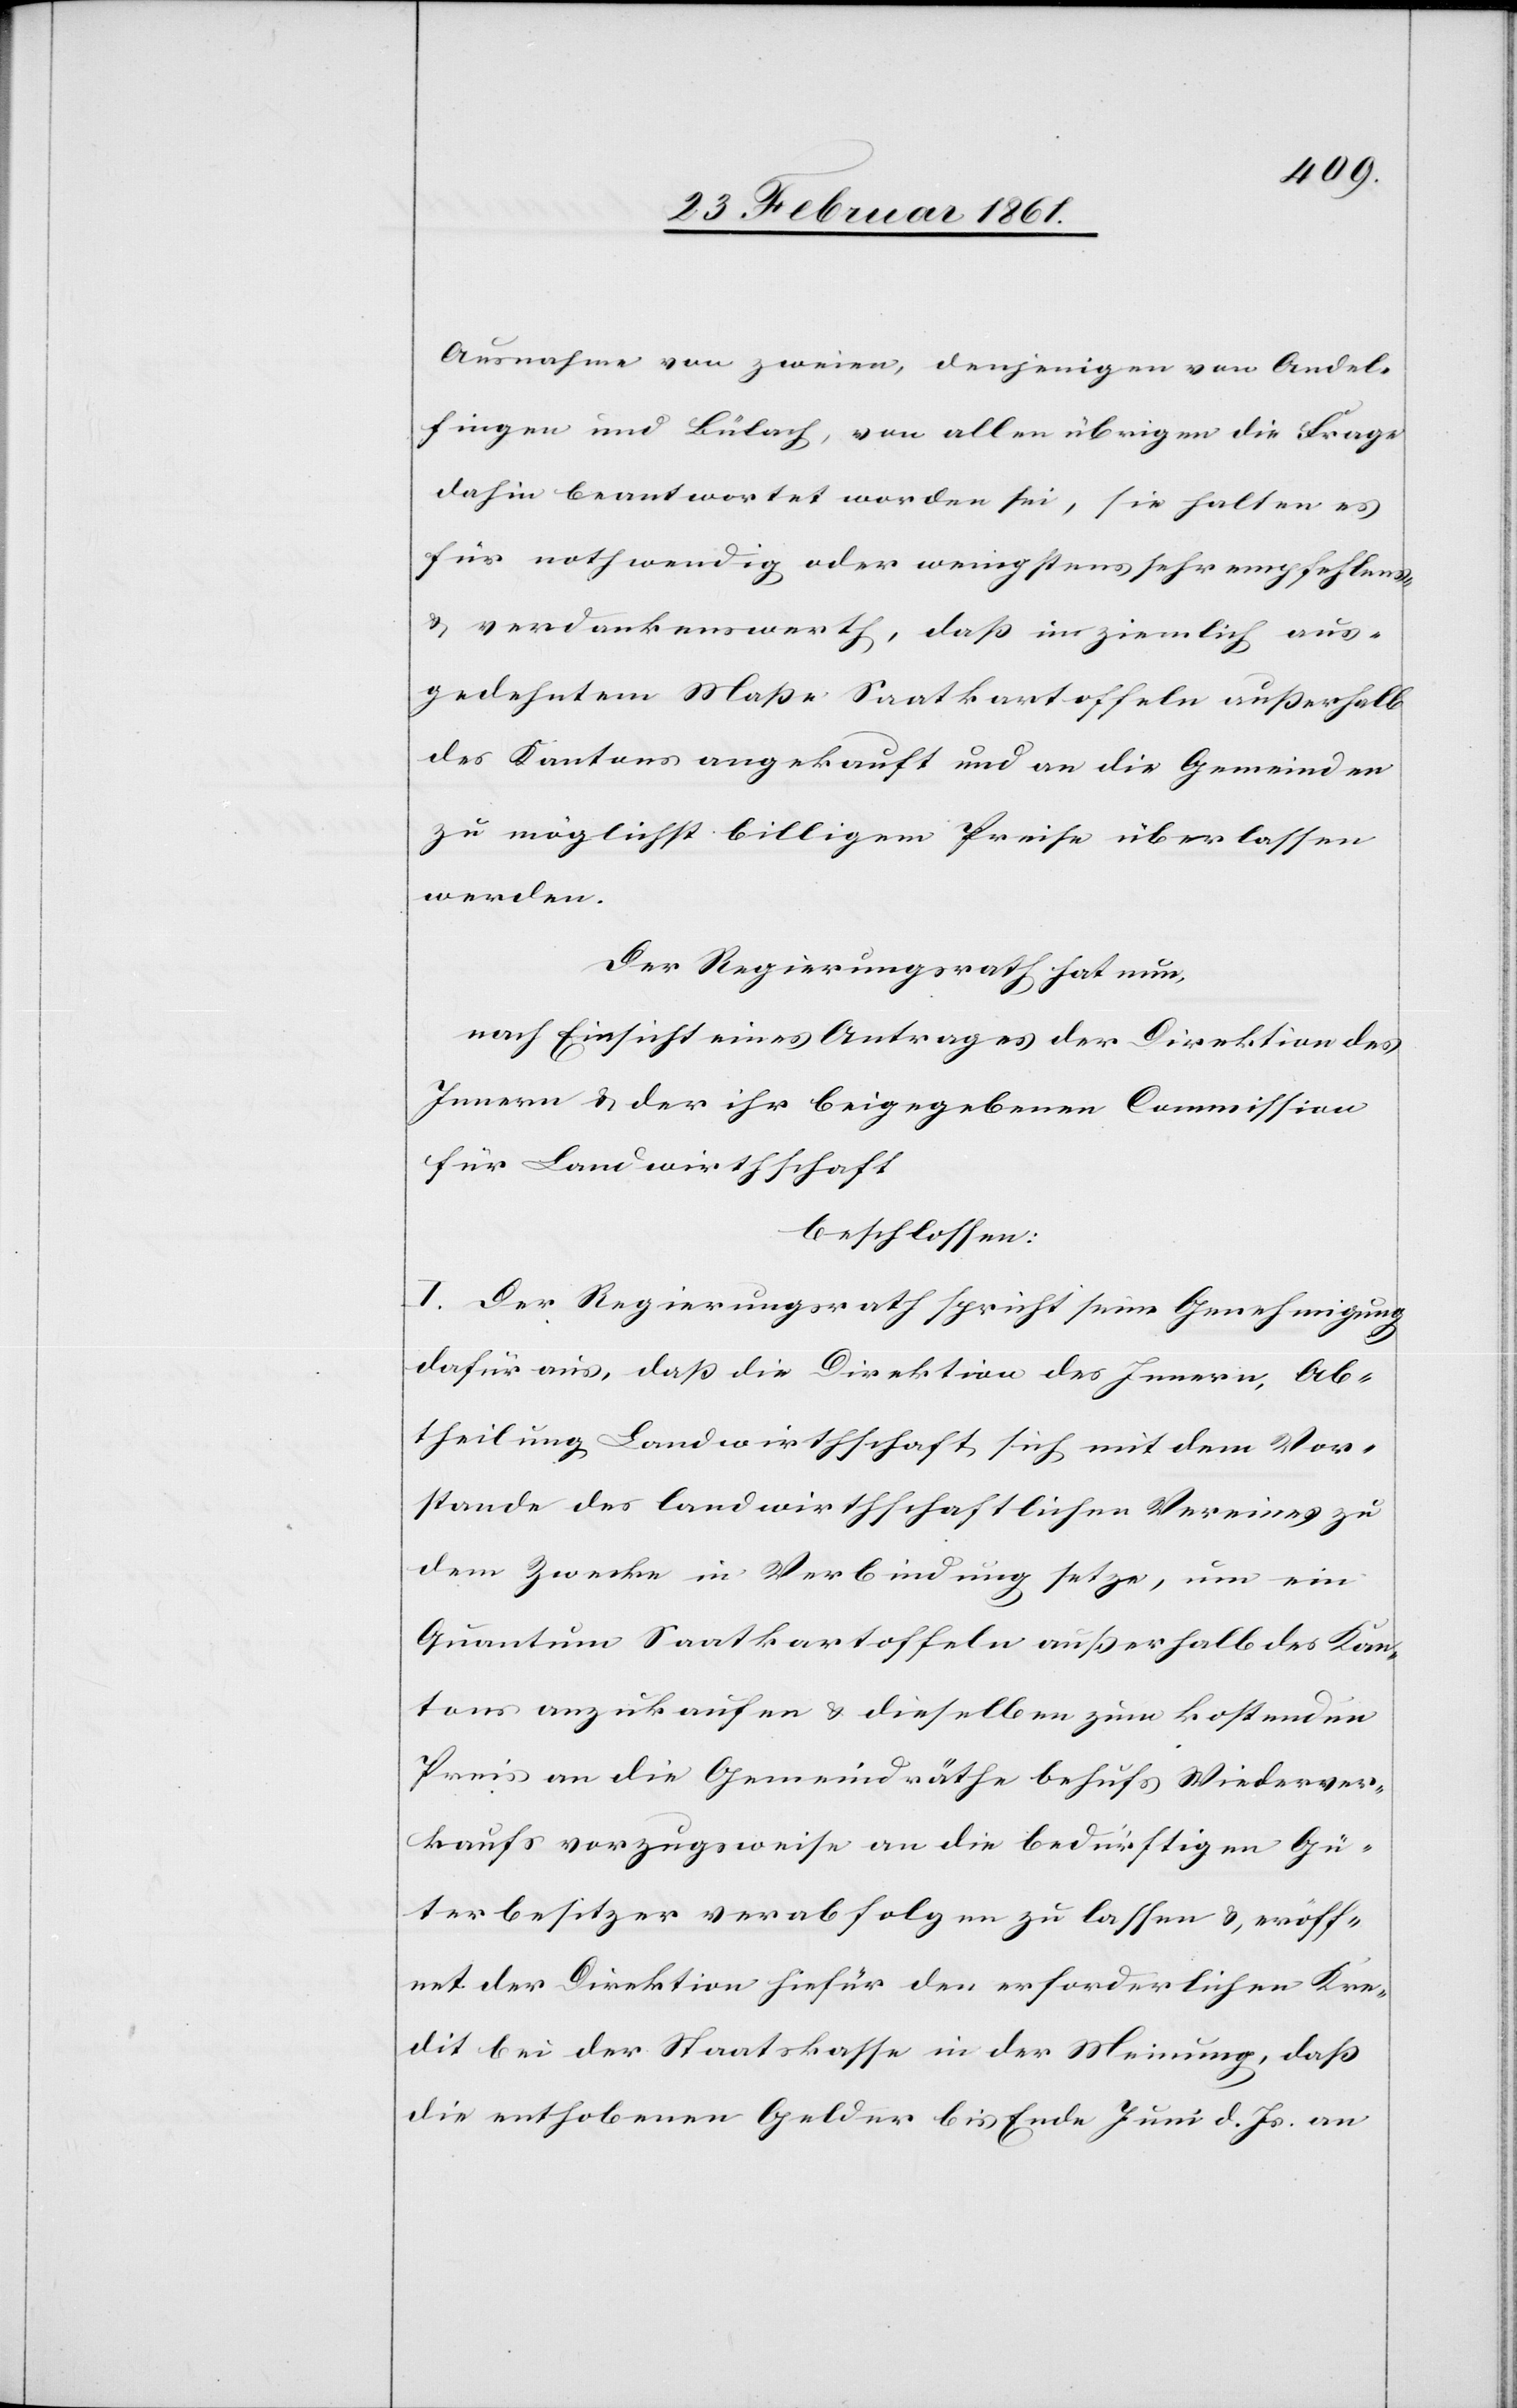
Ausnahme von zweien, denjenigen von Andel¬
fingen und Bülach, von allen übrigen die Frage
dahin beantwortet worden sei, sie halten es
für nothwendig oder wenigstens sehr empfehlens-
u. verdankenswerth, dass im ziemlich aus¬
gedehntem Masse Saatkartoffeln ausserhalb
des Kantons angekauft und an die Gemeinden
zu möglichst billigem Preise überlassen
werden.
Der Regierungsrath hat nun,
nach Einsicht eines Antrages der Direktion des
Innern u. der ihr beigegebenen Commission
für Landwirthschaft
beschlossen:
I. Der Regierungsrath spricht seine Genehmigung
dafür aus, dass die Direktion des Innern, Ab¬
theilung Landwirthschaft, sich mit dem Vor¬
stande des landwirthschaftlichen Vereines zu
dem Zwecke in Verbindung setze, um ein
Quantum Saatkartoffeln ausserhalb des Kan¬
tons anzukaufen u. dieselben zum kostenden
Preis an die Gemeindräthe behufs Wiederver¬
kaufs vorzugsweise an die bedürftigen Gü¬
terbesitzer verabfolgen zu lassen u. eröff¬
net der Direktion hiefür den erforderlichen Kre¬
dit bei der Staatskasse in der Meinung, dass
die enthobenen Gelder bis Ende Juni d. Js. an